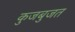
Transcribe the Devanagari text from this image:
कुजबुजत